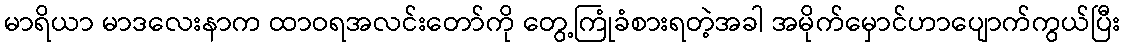
မာရိယာ မာဒလေးနာက ထာဝရအလင်းတော်ကို တွေ့ကြုံခံစားရတဲ့အခါ အမိုက်မှောင်ဟာပျောက်ကွယ်ပြီး